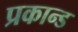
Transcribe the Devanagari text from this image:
प्रकान्ड